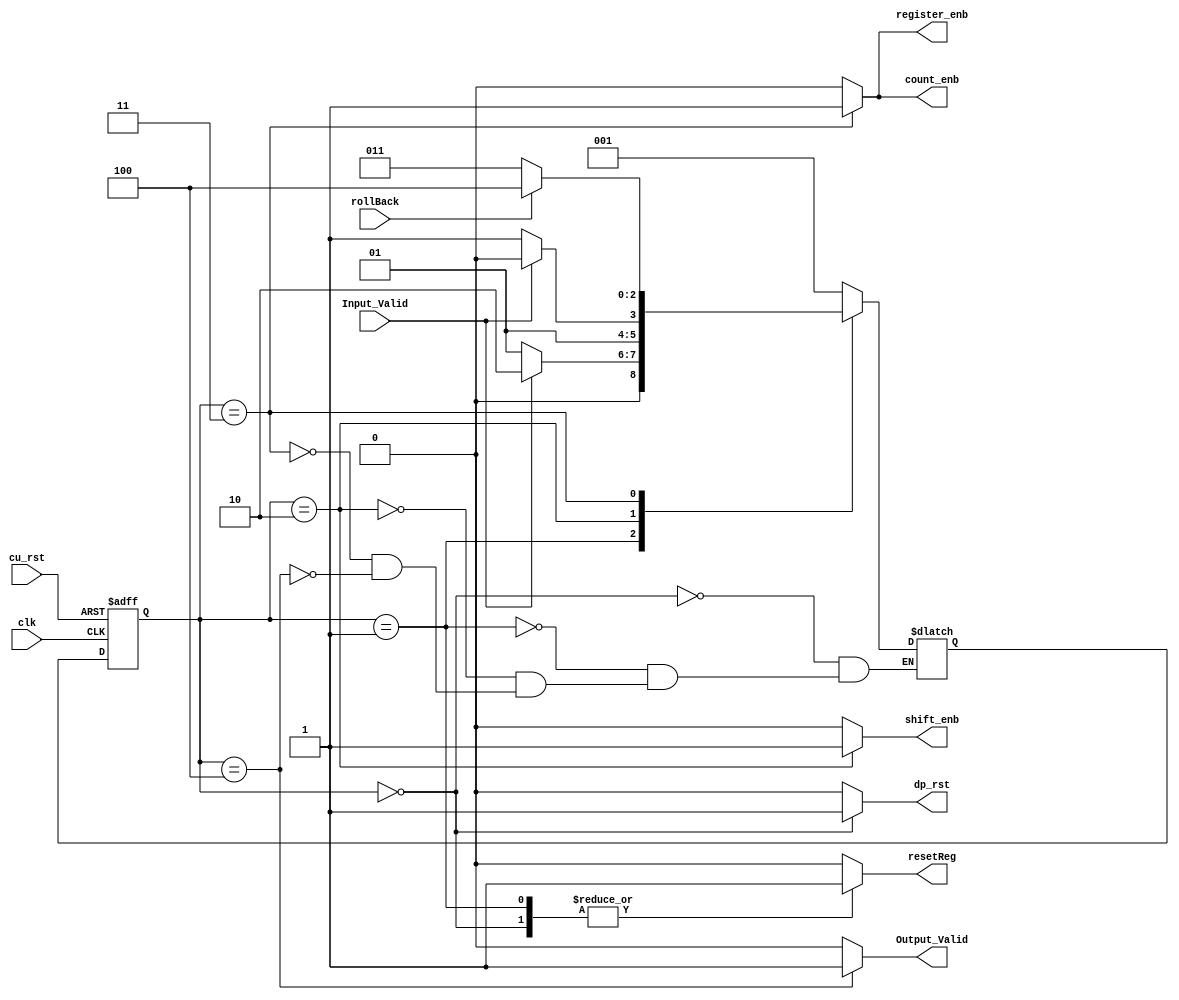
module CU
(
input clk,
input cu_rst,
input rollBack,
input Input_Valid,
output reg dp_rst,
output reg shift_enb,
output reg count_enb,
output reg register_enb,
output reg resetReg,
output reg Output_Valid
);

reg [2:0] nextState, presentState;

parameter [2:0] resetSTATE = 3'b000,
				start = 3'b001,
				acceptInput = 3'b010,
				calculation = 3'b011,
				endProcess = 3'b100;
				
always@(posedge clk, posedge cu_rst)
begin: presentState_nextState
	if(cu_rst == 1'b1)
		presentState <= resetSTATE;
	else
		presentState <= nextState;
end
		
always@(presentState,rollBack, Input_Valid)
begin: choose_nextState
	//nextState <= start;// we must initialize out in order to synthesize tool don't make a latch.
	case(presentState)
	resetSTATE: nextState = start;
	start: if(Input_Valid == 1'b1) nextState = acceptInput; else nextState = start;
	acceptInput: if(Input_Valid == 1'b0) nextState = calculation; else nextState = acceptInput;
	calculation: if(rollBack == 1'b1) nextState = endProcess; else nextState = calculation;
	endProcess: nextState = start;
	endcase
end

always@(presentState)
begin
	{dp_rst, shift_enb, count_enb, Output_Valid, register_enb, resetReg} = 6'b0;// we must initialize out in order to synthesize tool don't make a latch.
	case(presentState)
	resetSTATE: {dp_rst, resetReg} = 2'b11;
	start: resetReg = 1'b1;
	acceptInput: shift_enb = 1'b1;
	calculation: {count_enb, register_enb} = 2'b11;
	endProcess: Output_Valid = 1'b1;
	endcase
end

endmodule